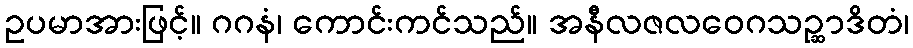
ဥပမာအားဖြင့်။ ဂဂနံ၊ ကောင်းကင်သည်။ အနီလဇလဝေဂသဉ္ဆာဒိတံ၊